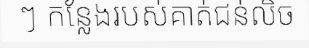
ៗ កន្លែងរបស់គាត់ជន់លិច